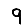
Digit: 9